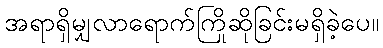
အရာရှိမျှလာရောက်ကြိုဆိုခြင်းမရှိခဲ့ပေ။